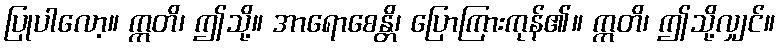
ပြုပါလော့။ ဣတိ၊ ဤသို့။ အာရောစေန္တိ၊ ပြောကြားကုန်၏။ ဣတိ၊ ဤသို့လျှင်။